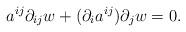
LaTeX: \begin{align*}a^{ij}\partial_{ij}w + (\partial_i a^{ij})\partial_j w=0.\end{align*}